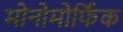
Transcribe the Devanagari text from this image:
मोनोमोर्फिक